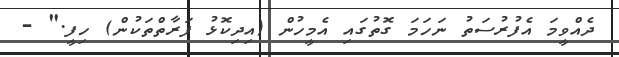
ދެއްވީމަ އެފުރުސަތު ނަހަމަ ގޮތުގައި އެމީހުން (އިދިކޮޅު ފަރާތްތަކުން) ހިފީ." -